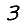
Digit: 3